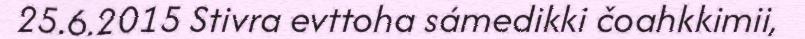
25.6.2015 Stivra evttoha sámedikki čoahkkimii,